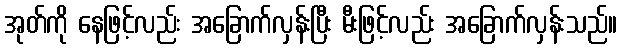
အုတ်ကို နေဖြင့်လည်း အခြောက်လှန်းပြီး မီးဖြင့်လည်း အခြောက်လှန်းသည်။